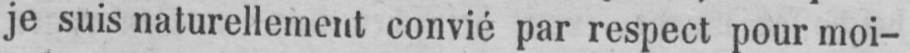
je suis naturellement convié par respect pour moi-